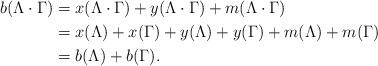
LaTeX: \begin{align*} b(\Lambda \cdot \Gamma) &= x(\Lambda \cdot \Gamma) + y(\Lambda \cdot \Gamma) + m(\Lambda \cdot \Gamma)\\ &= x(\Lambda) + x(\Gamma) + y(\Lambda) + y(\Gamma) + m(\Lambda) + m(\Gamma)\\ &= b(\Lambda)+b(\Gamma). \end{align*}